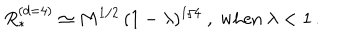
LaTeX: R _ { * } ^ { ( d = 4 ) } \simeq M ^ { 1 / 2 } \, ( 1 - \lambda ) ^ { 1 / 4 } \ , \ \mathrm { w h e n } \ \lambda < 1 \, .